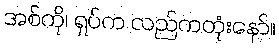
အစ်ကို၊ ရှပ်က လည်ကတုံးနော်။